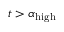
t > \alpha _ { \mathrm { h i g h } }